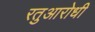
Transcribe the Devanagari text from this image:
रतुआरोधी